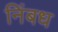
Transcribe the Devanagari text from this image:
निंबध